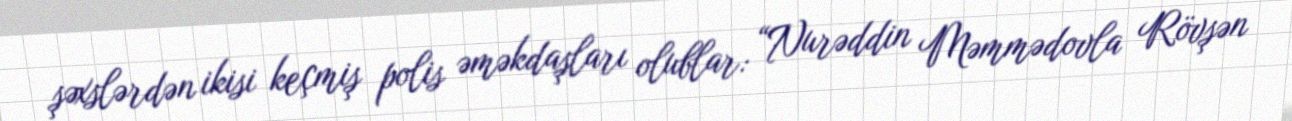
şəxslərdən ikisi keçmiş polis əməkdaşları olublar: “Nurəddin Məmmədovla Rövşən